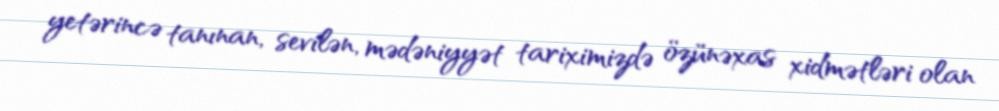
yetərincə tanınan, sevilən, mədəniyyət tariximizdə özünəxas xidmətləri olan